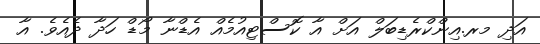
އަދި މރ.އިންކްރެޑިބަލް އަށް އާ ކޮސްޓިއުމެއް އެޑްނާ މޯޑް ހަދާ ދެއެވެ. އާ